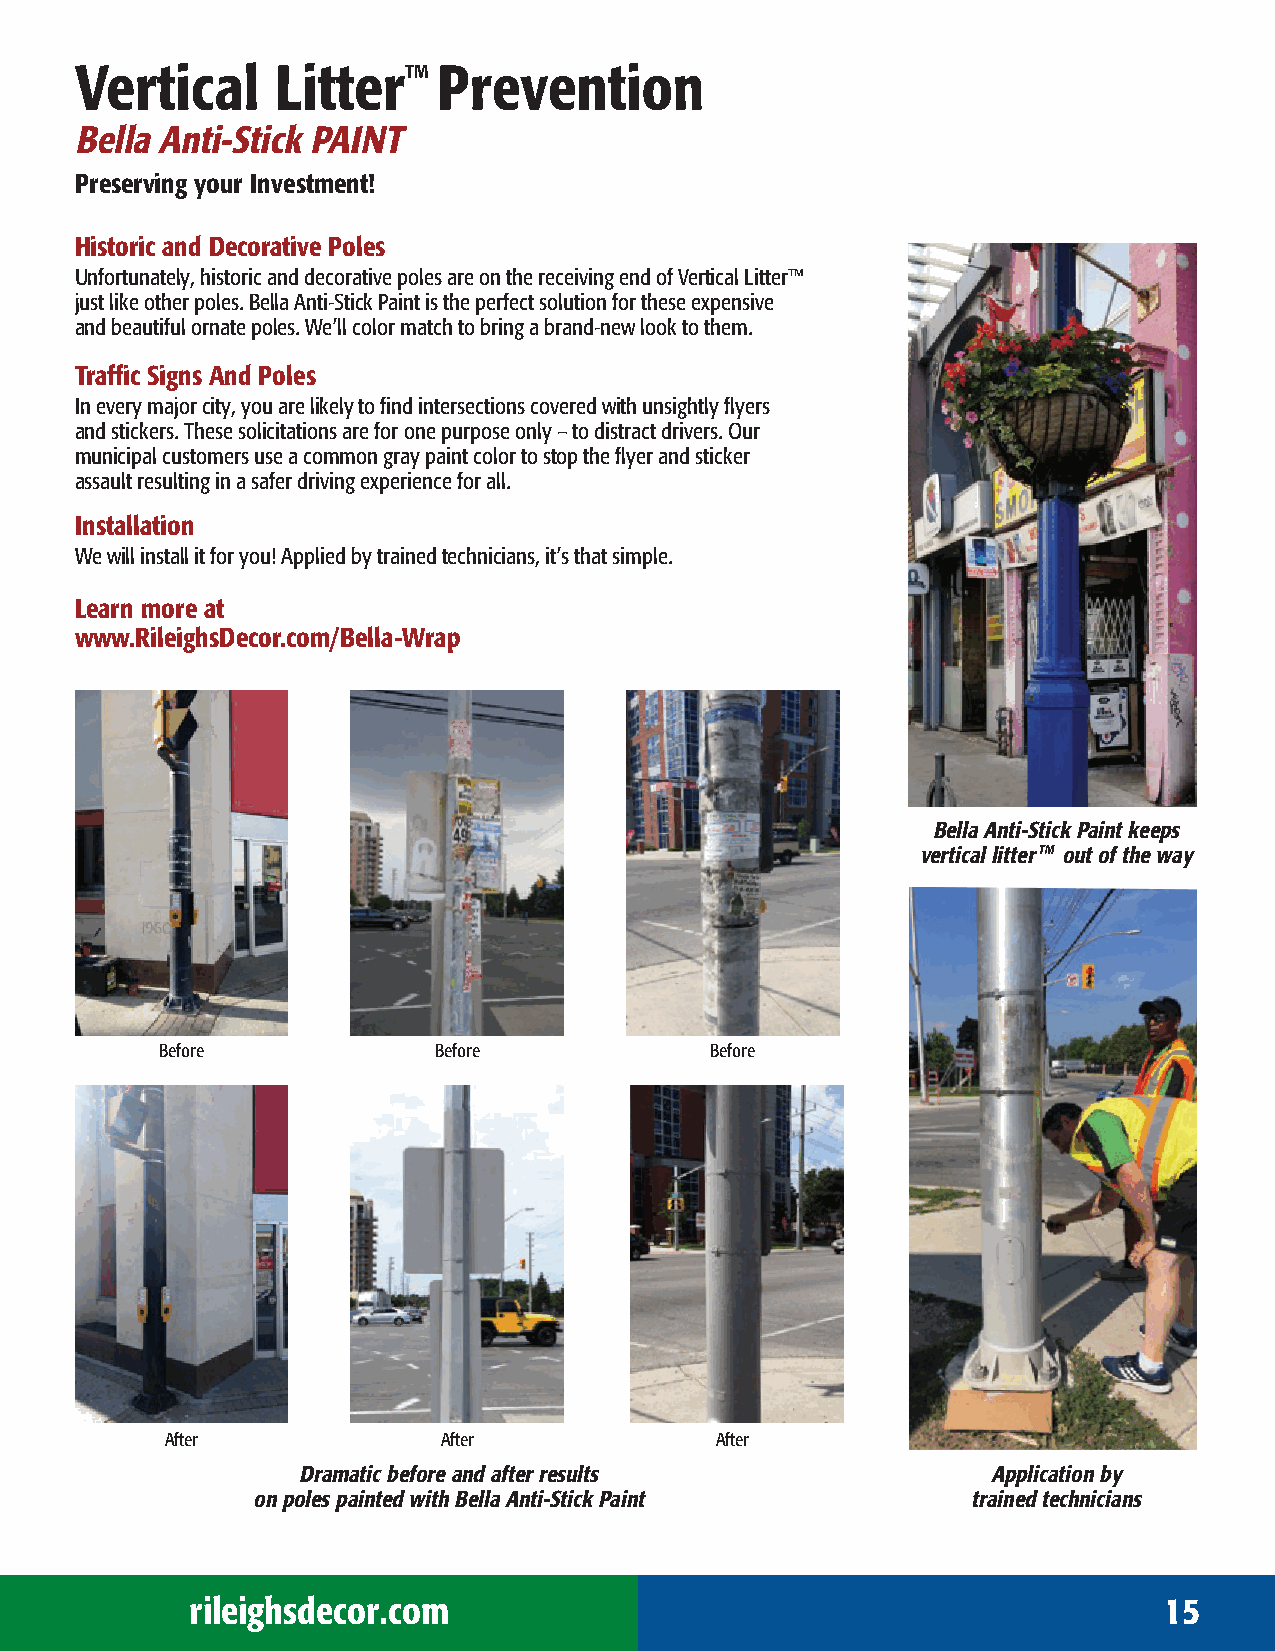
Vertical     LitterTM   Prevention
 Bella Anti-Stick PAINT
 Preserving your Investment!
 Historic and Decorative Poles
 Unfortunately, historic and decorative poles are on the receiving end of Vertical Litter™
 just like other poles. Bella Anti-Stick Paint is the perfect solution for these expensive
 and beautiful ornate poles. We’ll color match to bring a brand-new look to them.
 Traffic Signs And Poles
 In every major city, you are likely to find intersections covered with unsightly flyers
 and stickers. These solicitations are for one purpose only – to distract drivers. Our
 municipal customers use a common gray paint color to stop the flyer and sticker
 assault resulting in a safer driving experience for all.
 Installation
 We will install it for you! Applied by trained technicians, it’s that simple.
 Learn more at
 www.RileighsDecor.com/Bella-Wrap
 Bella Anti-Stick Paint keeps
 vertical litter TM out of the way
 Before            Before            Before
 After             After             After
 Dramatic before and after results             Application by
 on poles painted with Bella Anti-Stick Paint   trained technicians
 rileighsdecor.com                                               15